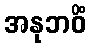
အနုဘဝိံ